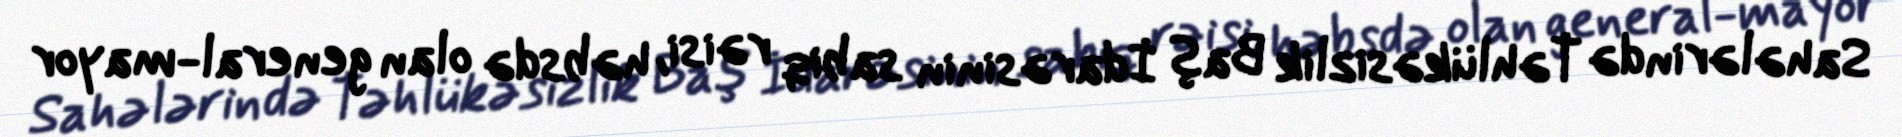
Sahələrində Təhlükəsizlik Baş İdarəsinin sabiq rəisi, həbsdə olan general-mayor